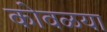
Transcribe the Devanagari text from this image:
कोवळया